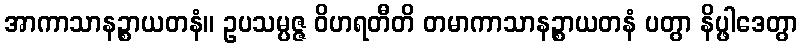
အာကာသာနဉ္စာယတနံ။ ဥပသမ္ပဇ္ဇ ဝိဟရတီတိ တမာကာသာနဉ္စာယတနံ ပတွာ နိပ္ဖါဒေတွာ